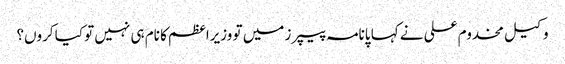
وکیل مخدوم علی نے کہا پانامہ پیپرز میں تو وزیراعظم کا نام ہی نہیں تو کیا کروں؟